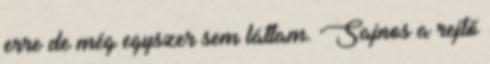
erre de még egyszer sem láttam. Sajnos a rejtő